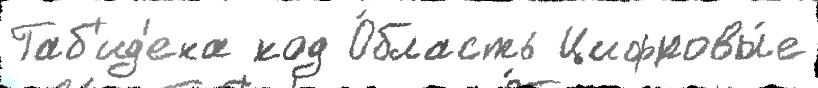
Габ'ид'ена код О́бласть Цифровы́е